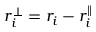
r _ { i } ^ { \perp } = r _ { i } - r _ { i } ^ { \parallel }